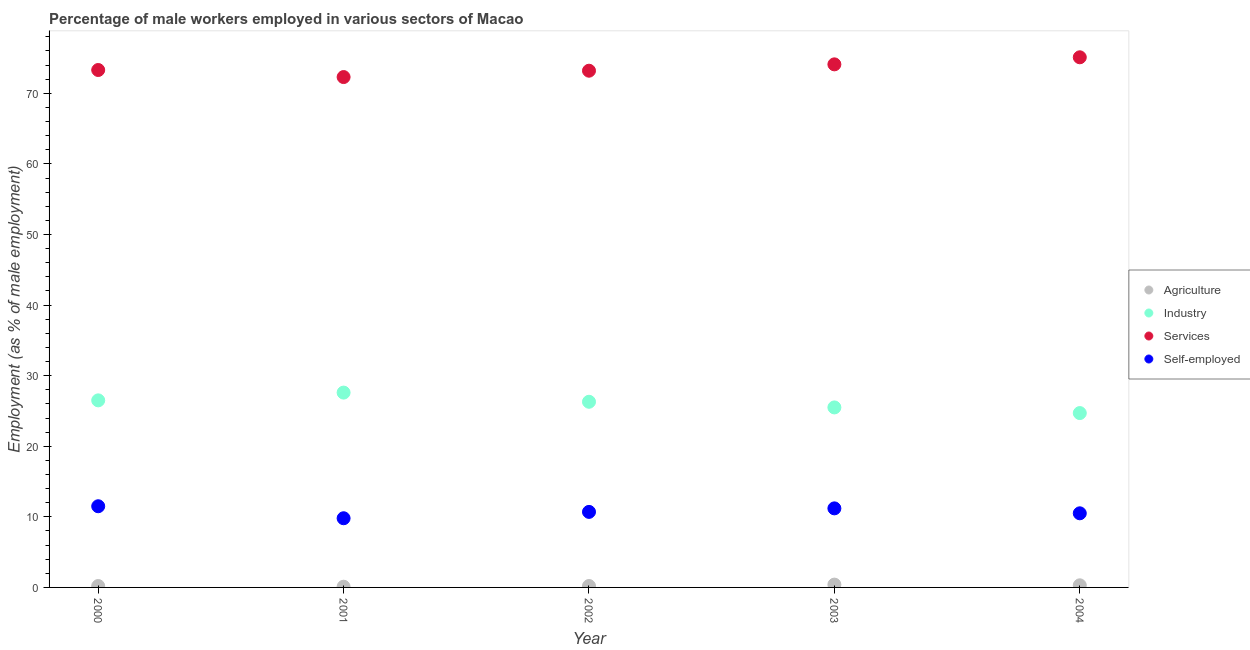
| Year | Agriculture | Industry | Services | Self-employed |
 | --- | --- | --- | --- | --- |
 | 2000 | 0.2 | 26.5 | 73.3 | 11.5 |
 | 2001 | 0.1 | 27.6 | 72.3 | 9.8 |
 | 2002 | 0.2 | 26.3 | 73.2 | 10.7 |
 | 2003 | 0.4 | 25.5 | 74.1 | 11.2 |
 | 2004 | 0.3 | 24.7 | 75.1 | 10.5 |